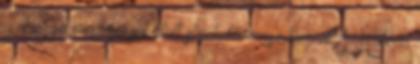
a chicagói magasvasút alatt strichelő, orosz kurvát. A Háború